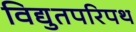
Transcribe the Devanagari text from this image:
विद्युतपरिपथ